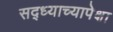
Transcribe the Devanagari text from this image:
सद्ध्याच्यापेक्षा